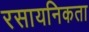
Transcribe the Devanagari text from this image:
रसायनिकता